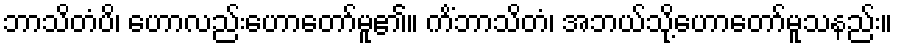
ဘာသိတံပိ၊ ဟောလည်းဟောတော်မူ၏။ ကိံဘာသိတံ၊ အဘယ်သို့ဟောတော်မူသနည်း။